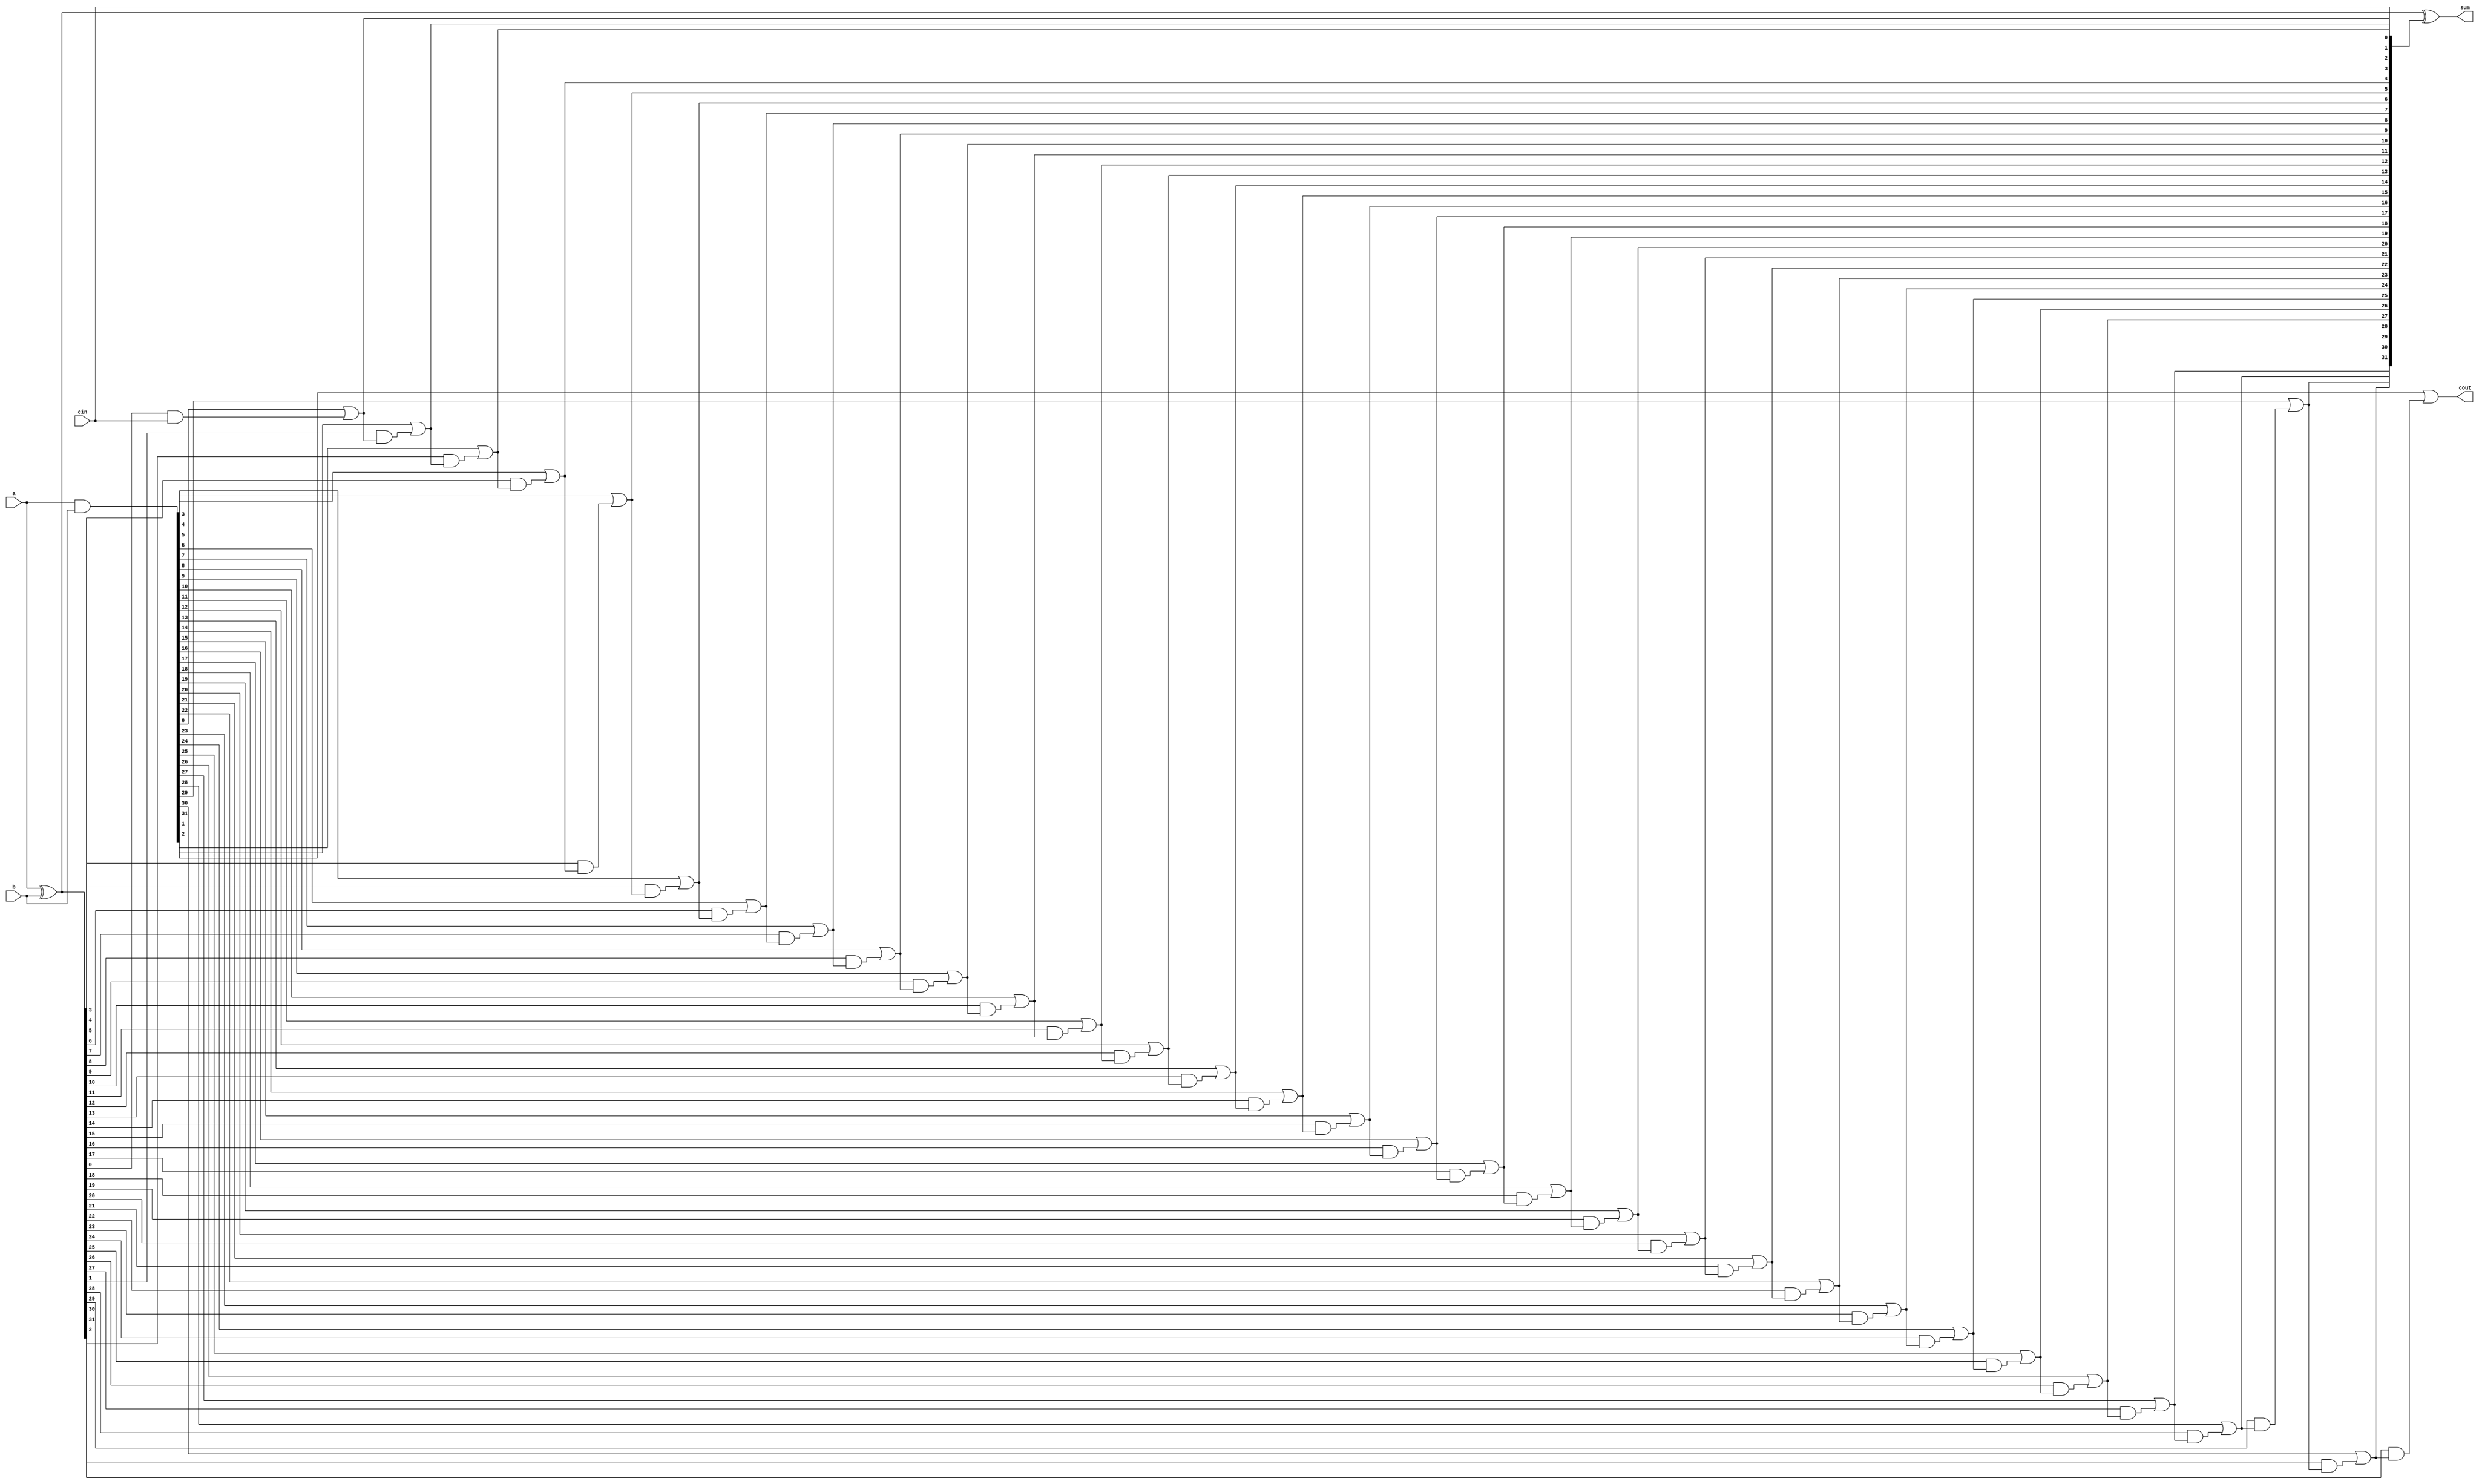
`timescale 1ns / 1ps

module CLA_Nb#(parameter N = 32)(
    output [N-1:0] sum,
    output cout,
    input [N-1:0] a,
    input [N-1:0] b,
    input cin
    );
    
    wire [N-1:0] p, g;
    wire [N:0] c;
    genvar i;
    
    assign p = a ^ b;
    assign g = a & b;
    assign c[0] = cin;
    
    generate
        for(i = 0; i < N; i = i + 1)
            begin: generate_N_bit_Adder
                assign c[i+1] = g[i] | (p[i] & c[i]);
            end
    endgenerate
    
    assign sum = p ^ c[N-1:0];
    assign cout = c[N];
    
endmodule